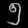
Digit: ၅